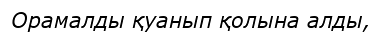
Орамалды қуанып қолына алды,